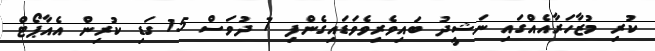
ކުރި މުޒާހަރާއެއްގައި ނަޝީދު ބައިވެރިވެވަޑައިގެންފި 7 ދުވަސް 15 ގަޑި ކުރިން އެއާޕޯޓް